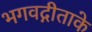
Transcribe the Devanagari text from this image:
भगवद्गीताके